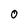
Character: 0